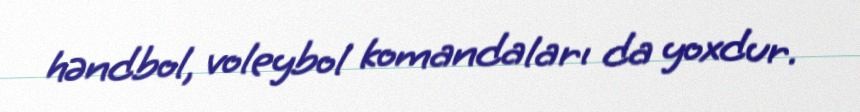
həndbol, voleybol komandaları da yoxdur.